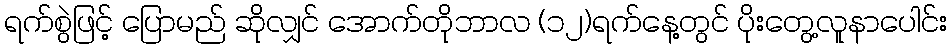
ရက်စွဲဖြင့် ပြောမည် ဆိုလျှင် အောက်တိုဘာလ (၁၂)ရက်နေ့တွင် ပိုးတွေ့လူနာပေါင်း